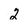
Character: 2